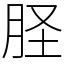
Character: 𦙾